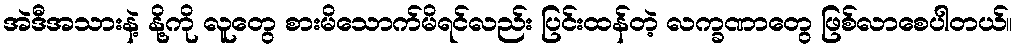
အဲဒီအသားနဲ့ နို့ကို လူတွေ စားမိသောက်မိရင်လည်း ပြင်းထန်တဲ့ လက္ခဏာတွေ ဖြစ်လာစေပါတယ်။